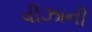
વીઝાની